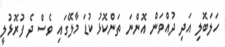
ހަލަބޮލި އަދި ދުއްވަން އޮންނަ ތަންކޮޅު ކުޑަ މާލޭގައި ވެސް ދެ ފުރޮޅުލީ